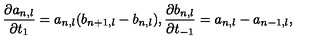
\frac { \partial a _ { n , l } } { \partial t _ { 1 } } = a _ { n , l } ( b _ { n + 1 , l } - b _ { n , l } ) , \frac { \partial b _ { n , l } } { \partial t _ { - 1 } } = a _ { n , l } - a _ { n - 1 , l } ,